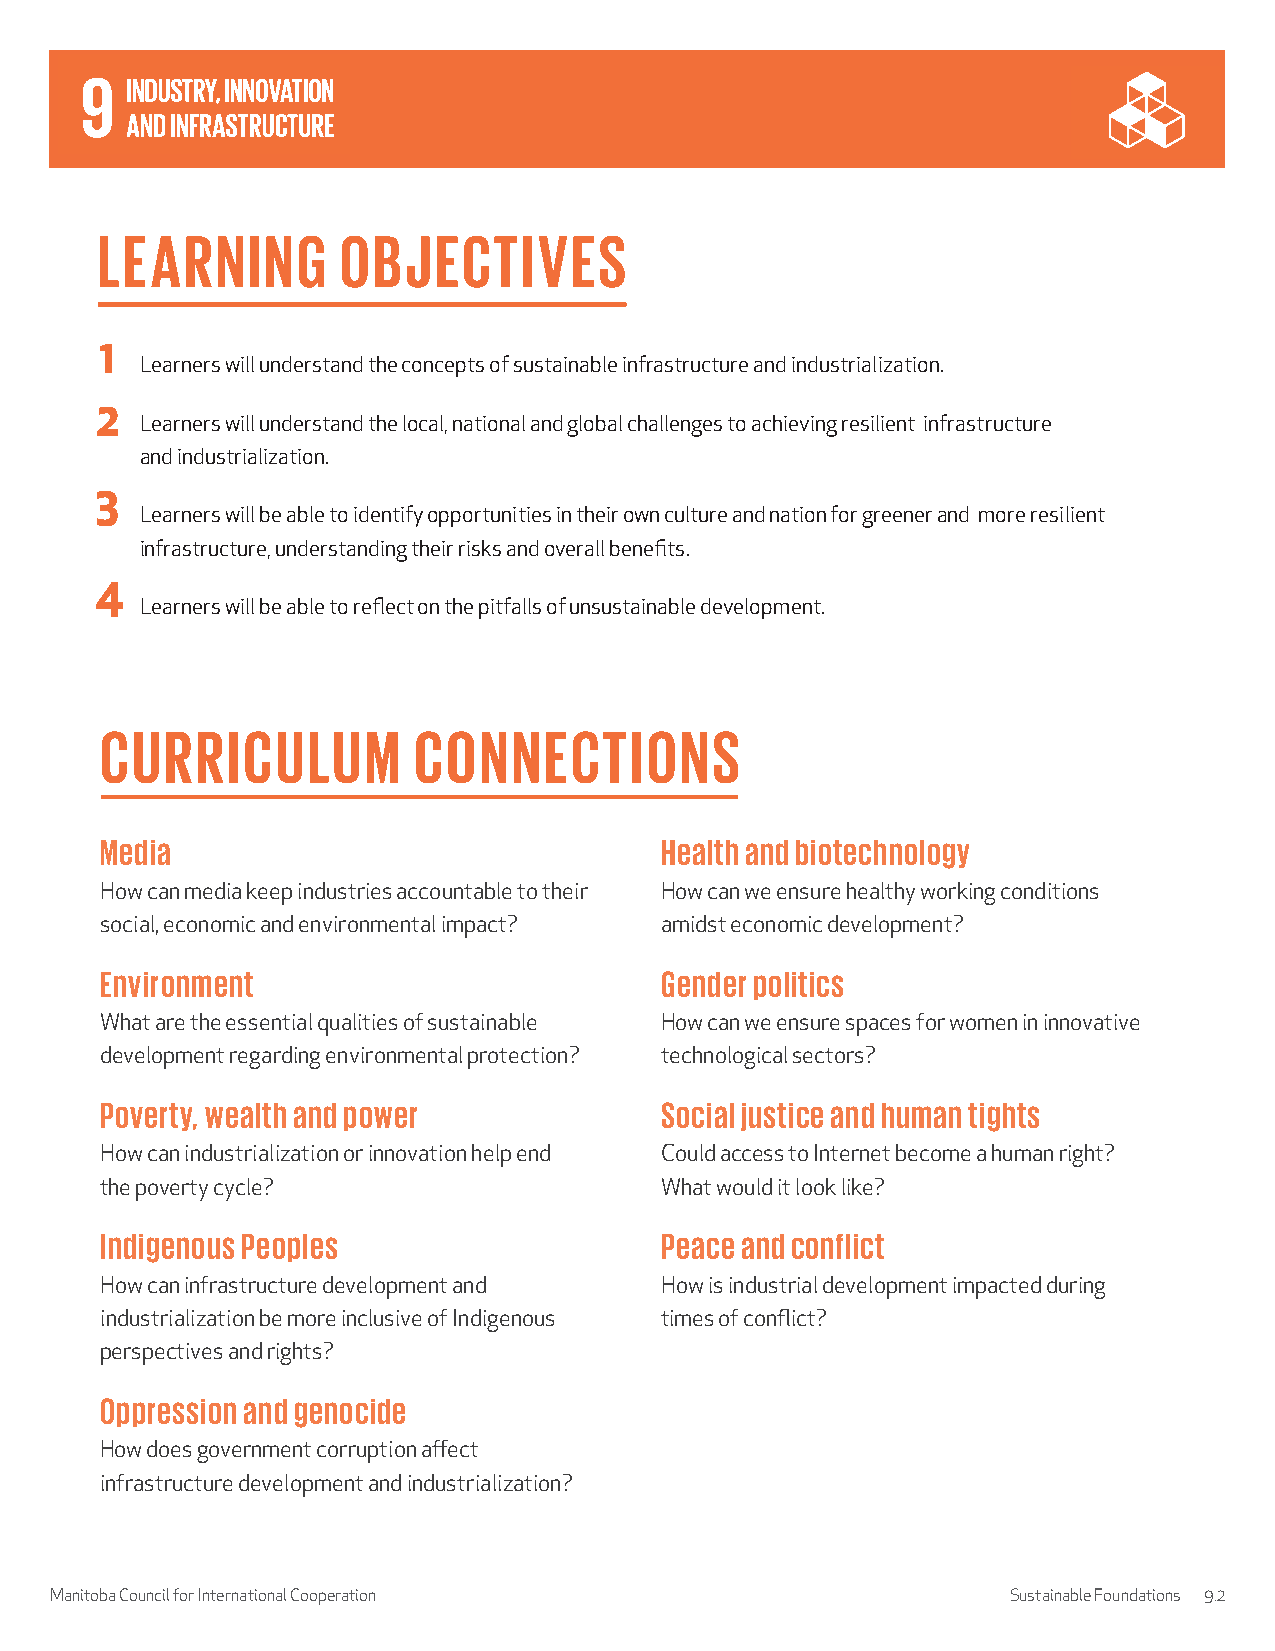
LEARNING        OBJECTIVES
 1
 Learners will understand the concepts of sustainable infrastructure and industrialization.
 2
 Learners will understand the local, national and global challenges to achieving resilient infrastructure
 and industrialization.
 3
 Learners will be able to identify opportunities in their own culture and nation for greener and more resilient
 infrastructure, understanding their risks and overall benefits.
 4
 Learners will be able to reflect on the pitfalls of unsustainable development.
 CURRICULUM          CONNECTIONS
 Media                                Health and biotechnology
 How can media keep industries accountable to their How can we ensure healthy working conditions
 social, economic and environmental impact? amidst economic development?
 Environment                          Gender politics
 What are the essential qualities of sustainable How can we ensure spaces for women in innovative
 development regarding environmental protection? technological sectors?
 Poverty, wealth and power            Social justice and human tights
 How can industrialization or innovation help end Could access to Internet become a human right?
 the poverty cycle?                   What would it look like?
 Indigenous Peoples                   Peace and conflict
 How can infrastructure development and How is industrial development impacted during
 industrialization be more inclusive of Indigenous times of conflict?
 perspectives and rights?
 Oppression and genocide
 How does government corruption affect
 infrastructure development and industrialization?
 Manitoba Council for International Cooperation                  Sustainable Foundations 9.2